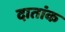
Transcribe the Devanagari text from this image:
दातांक